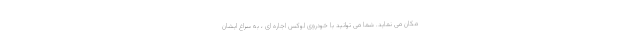
مکان می نماید. شما می توانید با خودروی لوکس اجاره ای ، به سراغ ایشان